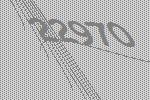
22970